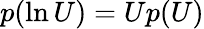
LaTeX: p(\ln U)=Up(U)